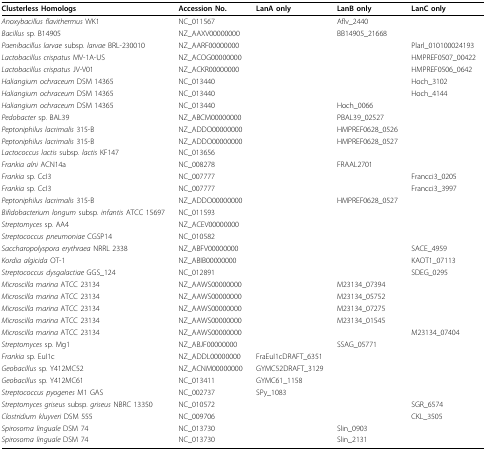
<table><thead><tr><td><b>Clusterless Homologs</b></td><td><b>Accession No.</b></td><td><b>LanA only</b></td><td><b>LanB only</b></td><td><b>LanC only</b></td></tr></thead><tbody><tr><td><i>Anoxybacillus flavithermus </i>WK1</td><td>NC_011567</td><td></td><td>Aflv_2440</td><td></td></tr><tr><td><i>Bacillus </i>sp. B14905</td><td>NZ_AAXV00000000</td><td></td><td>BB14905_21668</td><td></td></tr><tr><td><i>Paenibacillus larvae </i>subsp. <i>larvae </i>BRL-230010</td><td>NZ_AARF00000000</td><td></td><td></td><td>Plarl_010100024193</td></tr><tr><td><i>Lactobacillus crispatus </i>MV-1A-US</td><td>NZ_ACOG00000000</td><td></td><td></td><td>HMPREF0507_00422</td></tr><tr><td><i>Lactobacillus crispatus </i>JV-V01</td><td>NZ_ACKR00000000</td><td></td><td></td><td>HMPREF0506_0642</td></tr><tr><td><i>Haliangium ochraceum </i>DSM 14365</td><td>NC_013440</td><td></td><td></td><td>Hoch_3102</td></tr><tr><td><i>Haliangium ochraceum </i>DSM 14365</td><td>NC_013440</td><td></td><td></td><td>Hoch_4144</td></tr><tr><td><i>Haliangium ochraceum </i>DSM 14365</td><td>NC_013440</td><td></td><td>Hoch_0066</td><td></td></tr><tr><td><i>Pedobacter </i>sp. BAL39</td><td>NZ_ABCM00000000</td><td></td><td>PBAL39_02527</td><td></td></tr><tr><td><i>Peptoniphilus lacrimalis </i>315-B</td><td>NZ_ADDO00000000</td><td></td><td>HMPREF0628_0526</td><td></td></tr><tr><td><i>Peptoniphilus lacrimalis </i>315-B</td><td>NZ_ADDO00000000</td><td></td><td>HMPREF0628_0527</td><td></td></tr><tr><td><i>Lactococcus lactis </i>subsp. <i>lactis </i>KF147</td><td>NC_013656</td><td></td><td></td><td></td></tr><tr><td><i>Frankia alni </i>ACN14a</td><td>NC_008278</td><td></td><td>FRAAL2701</td><td></td></tr><tr><td><i>Frankia </i>sp. CcI3</td><td>NC_007777</td><td></td><td></td><td>Francci3_0205</td></tr><tr><td><i>Frankia </i>sp. CcI3</td><td>NC_007777</td><td></td><td></td><td>Francci3_3997</td></tr><tr><td><i>Peptoniphilus lacrimalis </i>315-B</td><td>NZ_ADDO00000000</td><td></td><td>HMPREF0628_0527</td><td></td></tr><tr><td><i>Bifidobacterium longum </i>subsp. <i>infantis </i>ATCC 15697</td><td>NC_011593</td><td></td><td></td><td></td></tr><tr><td><i>Streptomyces </i>sp. AA4</td><td>NZ_ACEV00000000</td><td></td><td></td><td></td></tr><tr><td><i>Streptococcus pneumoniae </i>CGSP14</td><td>NC_010582</td><td></td><td></td><td></td></tr><tr><td><i>Saccharopolyspora erythraea </i>NRRL 2338</td><td>NZ_ABFV00000000</td><td></td><td></td><td>SACE_4959</td></tr><tr><td><i>Kordia algicida </i>OT-1</td><td>NZ_ABIB00000000</td><td></td><td></td><td>KAOT1_07113</td></tr><tr><td><i>Streptococcus dysgalactiae </i>GGS_124</td><td>NC_012891</td><td></td><td></td><td>SDEG_0295</td></tr><tr><td><i>Microscilla marina </i>ATCC 23134</td><td>NZ_AAWS00000000</td><td></td><td>M23134_07394</td><td></td></tr><tr><td><i>Microscilla marina </i>ATCC 23134</td><td>NZ_AAWS00000000</td><td></td><td>M23134_05752</td><td></td></tr><tr><td><i>Microscilla marina </i>ATCC 23134</td><td>NZ_AAWS00000000</td><td></td><td>M23134_07275</td><td></td></tr><tr><td><i>Microscilla marina </i>ATCC 23134</td><td>NZ_AAWS00000000</td><td></td><td>M23134_01545</td><td></td></tr><tr><td><i>Microscilla marina </i>ATCC 23134</td><td>NZ_AAWS00000000</td><td></td><td></td><td>M23134_07404</td></tr><tr><td><i>Streptomyces </i>sp. Mg1</td><td>NZ_ABJF00000000</td><td></td><td>SSAG_05771</td><td></td></tr><tr><td><i>Frankia </i>sp. EuI1c</td><td>NZ_ADDL00000000</td><td>FraEuI1cDRAFT_6351</td><td></td><td></td></tr><tr><td><i>Geobacillus </i>sp. Y412MC52</td><td>NZ_ACNM00000000</td><td>GYMC52DRAFT_3129</td><td></td><td></td></tr><tr><td><i>Geobacillus </i>sp. Y412MC61</td><td>NC_013411</td><td>GYMC61_1158</td><td></td><td></td></tr><tr><td><i>Streptococcus pyogenes </i>M1 GAS</td><td>NC_002737</td><td>SPy_1083</td><td></td><td></td></tr><tr><td><i>Streptomyces griseus </i>subsp. <i>griseus </i>NBRC 13350</td><td>NC_010572</td><td></td><td></td><td>SGR_6574</td></tr><tr><td><i>Clostridium kluyveri </i>DSM 555</td><td>NC_009706</td><td></td><td></td><td>CKL_3505</td></tr><tr><td><i>Spirosoma linguale </i>DSM 74</td><td>NC_013730</td><td></td><td>Slin_0903</td><td></td></tr><tr><td><i>Spirosoma linguale </i>DSM 74</td><td>NC_013730</td><td></td><td>Slin_2131</td><td></td></tr></tbody></table>